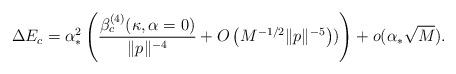
LaTeX: \begin{align*}\Delta E_c=\alpha_*^2\left(\dfrac{\beta^{(4)}_c(\kappa,\alpha=0)}{\|p\|^{-4}}+O\left(M^{-1/2}\|p\|^{-5}\right))\right)+o(\alpha_*\sqrt{M}).\end{align*}